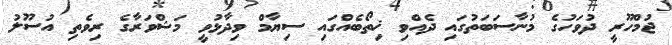
ޖުމްހޫރީ ދުވަހުގެ މުނާސަބަތުގައި ދެއްވި ޚިތޯބެއްގައި ސިޔާމް ވިދާޅުވީ މަޝްވަރާގެ ރިވެތި އުސޫލު